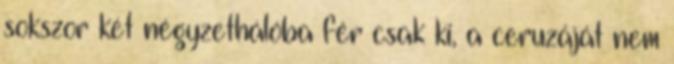
sokszor két négyzethálóba fér csak ki, a ceruzáját nem